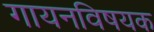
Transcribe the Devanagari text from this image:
गायनविषयक